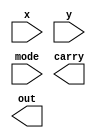
module asu (x, y, mode, carry, out);
input [7:0] x, y;
input mode;
output carry;
output [7:0] out;

/*Write your code here*/


/*End of code*/


endmodule